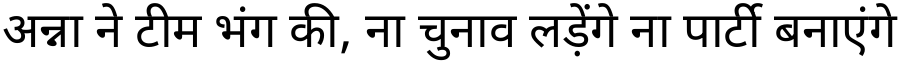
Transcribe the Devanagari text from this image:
अन्ना ने टीम भंग की, ना चुनाव लड़ेंगे ना पार्टी बनाएंगे